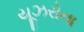
યૂઝરોના